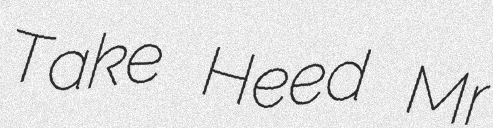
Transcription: Take Heed Mr